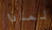
لماذا